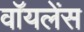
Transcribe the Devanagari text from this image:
वॉयलेंस